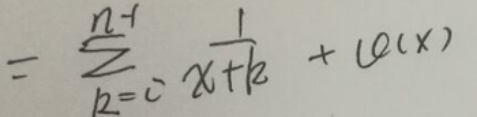
\[
= \sum_{k = 0}^{n - 1} \frac{1}{x + k} + \mathcal{O}(x)
\]